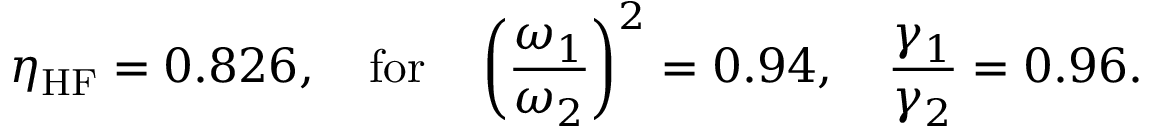
\eta _ { \mathrm { H F } } = 0 . 8 2 6 , \quad \mathrm { f o r } \quad \left( \frac { \omega _ { 1 } } { \omega _ { 2 } } \right) ^ { 2 } = 0 . 9 4 , \quad \frac { \gamma _ { 1 } } { \gamma _ { 2 } } = 0 . 9 6 .